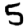
Digit: 5